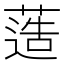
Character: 䔏